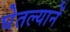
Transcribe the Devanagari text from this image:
घेतल्यानें